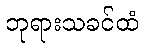
ဘုရားသခင်ထံ